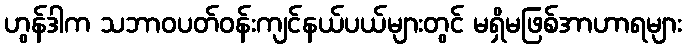
ဟွန်ဒါက သဘာဝပတ်ဝန်းကျင်နယ်ပယ်များတွင် မရှိမဖြစ်အာဟာရများ